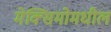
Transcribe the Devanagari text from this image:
मेक्सिमोमधील